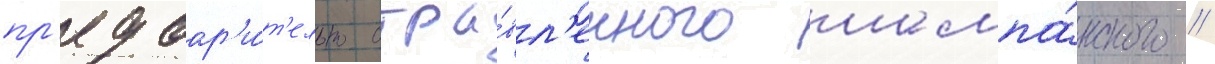
пр'едвар'и́т'ельно отра́вл'енного шампа́нского //